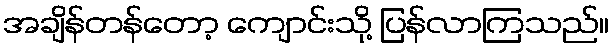
အချိန်တန်တော့ ကျောင်းသို့ ပြန်လာကြသည်။